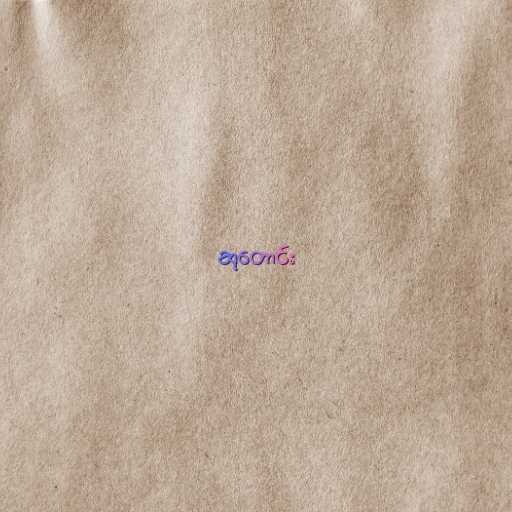
ဆုတောင်း